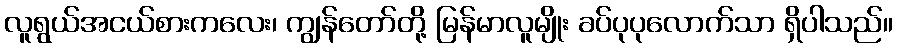
လူရွယ်အငယ်စားကလေး၊ ကျွန်တော်တို့ မြန်မာလူမျိုး ခပ်ပုပုလောက်သာ ရှိပါသည်။